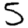
Digit: 5